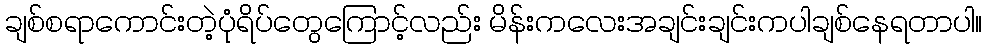
ချစ်စရာကောင်းတဲ့ပုံရိပ်တွေကြောင့်လည်း မိန်းကလေးအချင်းချင်းကပါချစ်နေရတာပါ။